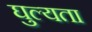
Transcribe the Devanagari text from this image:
घुल्यता